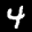
Label: 4